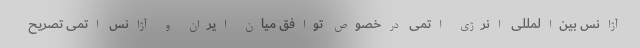
آژانس بین‌المللی انرژی اتمی درخصوص توافق میان ایران و آژانس اتمی تصریح